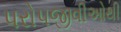
પરોપજીવીઓથી